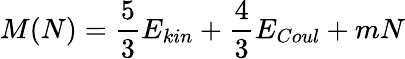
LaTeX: M(N)={\frac{5}{3}}E_{kin}+{\frac{4}{3}}E_{Coul}+mN